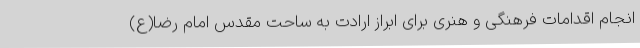
انجام اقدامات فرهنگی و هنری برای ابراز ارادت به ساحت مقدس امام رضا(ع)